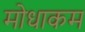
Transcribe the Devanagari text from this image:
मोधाकम